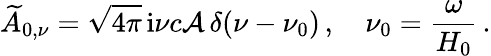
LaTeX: \widetilde{A}_{0,\nu}=\sqrt{4\pi}\, \mathrm{i}\nu c{\cal A}\, \delta(\nu-\nu_{0})\, ,\quad\nu_{0}=\frac{\omega}{H_{0}}\, .